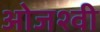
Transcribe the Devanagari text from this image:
ओजश्वी